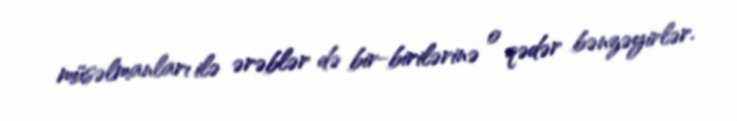
müsəlmanları ilə ərəblər də bir-birilərinə o qədər bənzəyirlər.